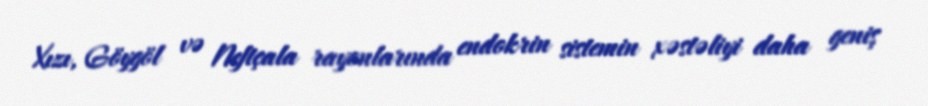
Xızı, Göygöl və Neftçala rayonlarında endokrin sistemin xəstəliyi daha geniş